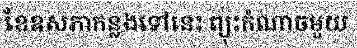
ខែឧសភាកន្លងទៅនេះ ព្យុះកំណាចមួយ